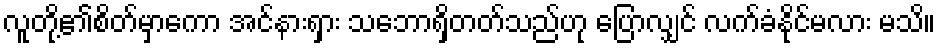
လူတို့၏စိတ်မှာကော အင်နားရှား သဘောရှိတတ်သည်ဟု ပြောလျှင် လက်ခံနိုင်မလား မသိ။